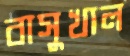
বাসুখাল